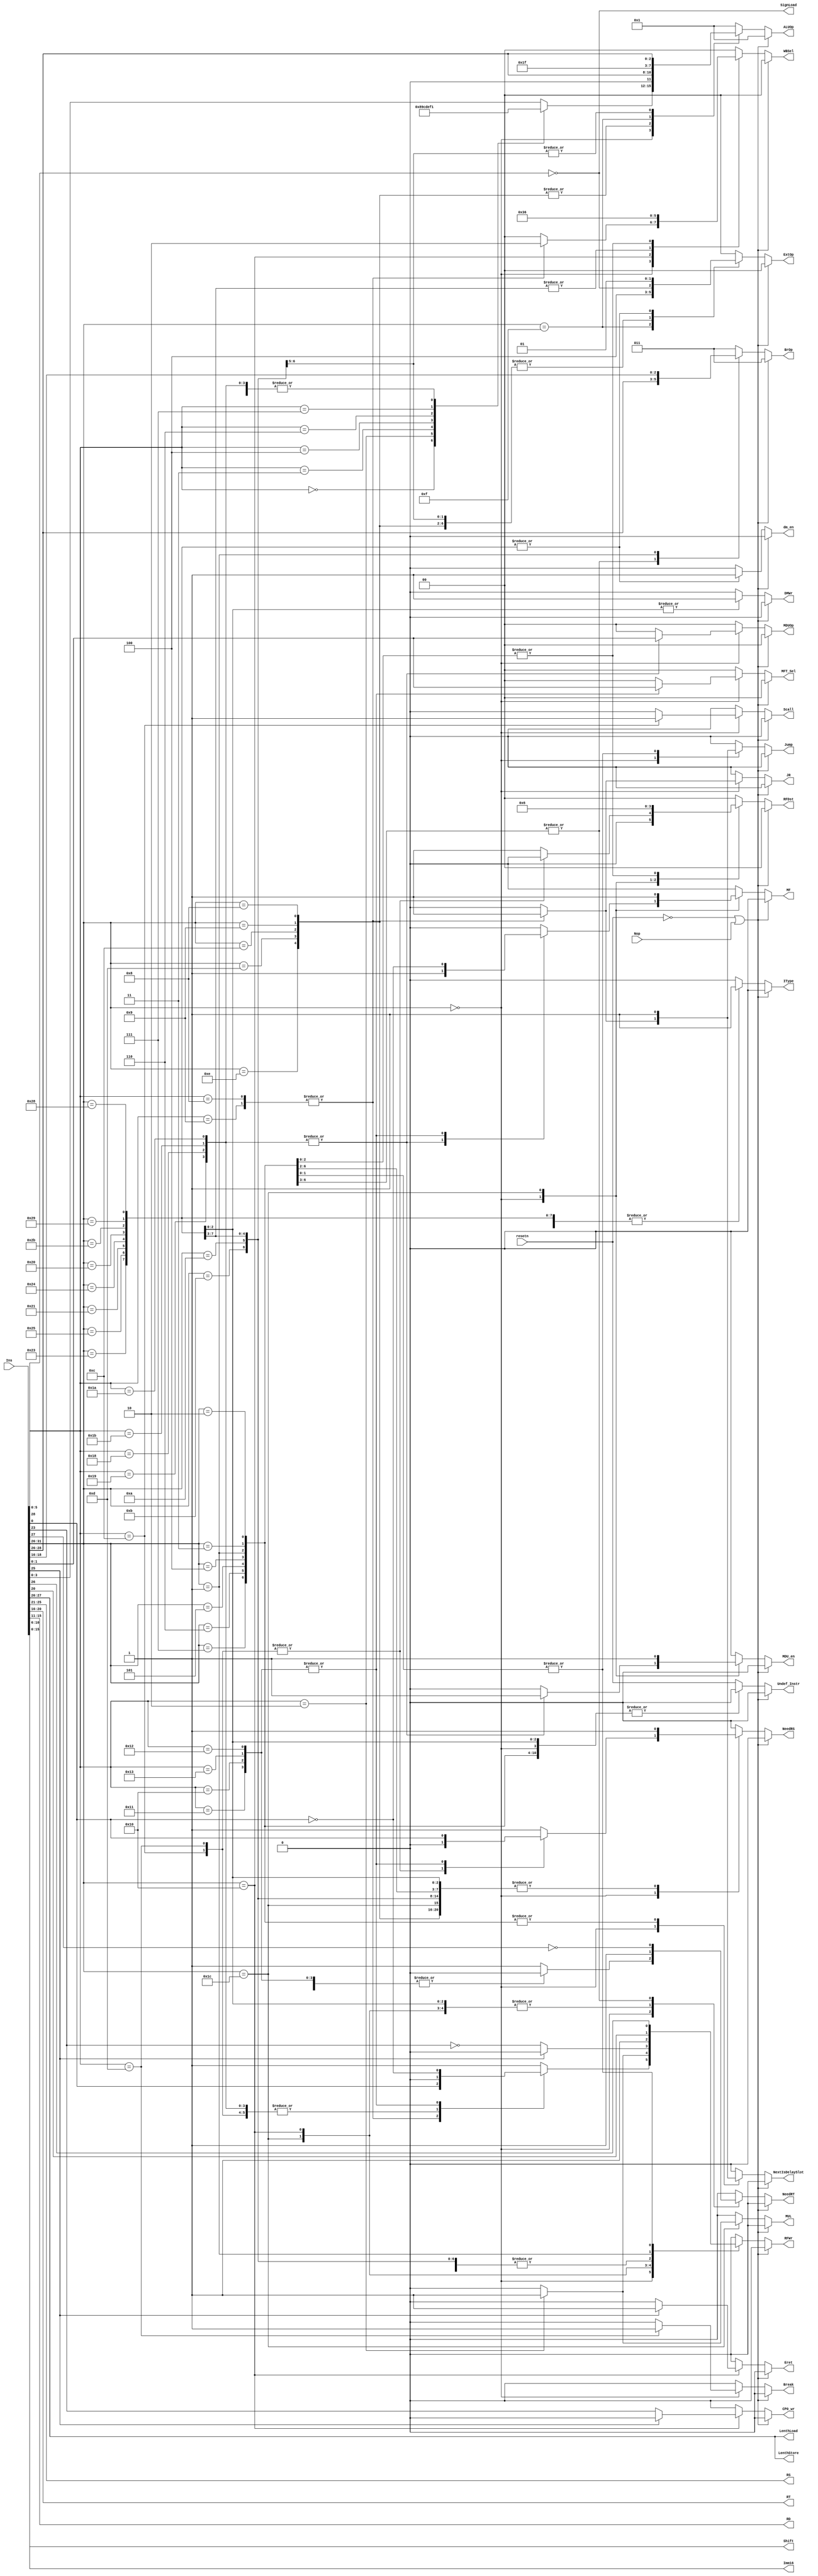
module CTRL(resetn,Nop,Ins,IType,NeedRS,NeedRT,RFDst,Jump,JR,BrOp,
        ExtOp,ALUOp,LenthStore,LenthLoad,SignLoad,DMWr,dm_en,RFWr,WBSel,MFT_Sel,MUL,
        MF,MDU_en,MDUOp,NextIsDelaySlot,Scall,Undef_Instr,Break,CP0_wr,Eret,RS,RT,RD,Shift,Imm16);
    input Nop;
    input resetn;
    input [31:0] Ins;

    output reg IType;
    output reg NeedRS,NeedRT;
    output reg [1:0] RFDst;
    output reg Jump,JR;
    output reg [2:0] BrOp;
    output reg [1:0] ExtOp;
    output reg [3:0] ALUOp;
    output reg [1:0] LenthLoad,LenthStore;
    output reg SignLoad;
    output reg DMWr;
    output reg RFWr;
    output reg [1:0] WBSel;
    output reg [1:0] MFT_Sel;
    output reg MF;
    output reg MDU_en;
    output reg [1:0] MDUOp;
    output reg MUL;
	output reg NextIsDelaySlot;
	output reg Scall,Break;
	output reg Undef_Instr;
    output reg dm_en;
    output reg CP0_wr;
    output reg Eret;
    output [4:0] RS, RT, RD;
    output [4:0] Shift;
    output [15:0] Imm16;

    wire [5:0] op,func;

    assign op = Ins[31:26];
    assign func = Ins[5:0];
    assign RS = Ins[25:21];
    assign RT = Ins[20:16];
    assign RD = Ins[15:11];
    assign Shift = Ins[10:6];
    assign Imm16 = Ins[15:0];

    always @(Ins or Nop or op or func or resetn)
    begin
        if(~resetn || Nop)
            begin
                IType = 0;
                NeedRS = 0;
                NeedRT = 0;
                RFDst = 2'b00;
                Jump = 0;
                JR = 0;
                BrOp = 3'b011;
                ExtOp = 2'b00;
                ALUOp = 4'b0001;
                LenthStore = op[1:0];
                LenthLoad = op[1:0];
                SignLoad = ~op[2];
                DMWr = 1'b0;
                RFWr = 1'b0; 
                WBSel = 2'b00;
				NextIsDelaySlot = 1'b0;
				Undef_Instr=1'b0;
				Scall=1'b0;
                Break=1'b0;
                dm_en=1'b0;
                CP0_wr=1'b0;
                Eret=1'b0;
                MFT_Sel = 2'b00;
                MF = 0;
                MDU_en = 0;
                MDUOp = 2'b00;
                MUL = 0;
            end 
        else
        case (op)
            6'b00_0000://R
            case (func)
                6'b00_0000: //sll
                begin
                    IType = 1'b0;
                    NeedRS = 1;
                    NeedRT = 1;
                    RFDst = 2'b01;//RD
                    Jump = 0;
                    JR = 0;
                    BrOp = 3'b011;
                    ExtOp = 2'b00;
                    ALUOp = 4'b1000;
                    LenthStore = op[1:0];
                    LenthLoad = op[1:0];
                    SignLoad = ~op[2];
                    DMWr = 1'b0;
                    RFWr = 1'b1;
                    WBSel = 2'b00;
                    NextIsDelaySlot=1'b0;
                    Undef_Instr=1'b0;
                    Scall=1'b0;
                    Break=1'b0;
                    dm_en=1'b0;
                    CP0_wr=1'b0;
                    Eret=1'b0;
                    MFT_Sel = 2'b00;
                    MF = 0;
                    MDU_en = 0;
                    MDUOp = 2'b00;
                    MUL = 0;
                end
                6'b00_0010: //srl
                begin
                    IType = 1'b0;
                    NeedRS = 1;
                    NeedRT = 1;
                    RFDst = 2'b01;//RD
                    Jump = 0;
                    JR = 0;
                    BrOp = 3'b011;
                    ALUOp = 4'b1001;
                    ExtOp = 2'b00;
                    LenthStore = op[1:0];
                    LenthLoad = op[1:0];
                    SignLoad = ~op[2];
                    DMWr = 1'b0;
                    RFWr = 1;
                    WBSel = 2'b00;
                    NextIsDelaySlot=1'b0;
                    Undef_Instr=1'b0;
                    Scall=1'b0;
                    Break=1'b0;
                    dm_en=1'b0;
                    CP0_wr=1'b0;
                    Eret=1'b0;
                    MFT_Sel = 2'b00;
                    MF = 0;
                    MDU_en = 0;
                    MDUOp = 2'b00;
                    MUL = 0;
                end
                6'b00_0011: //sra
                begin
                    IType = 1'b0;
                    NeedRS = 1;
                    NeedRT = 1;
                    RFDst = 2'b01;//RD
                    Jump = 0;
                    JR = 0;
                    BrOp = 3'b011;
                    ExtOp = 2'b00;
                    ALUOp = 4'b1100;
                    LenthStore = op[1:0];
                    LenthLoad = op[1:0];
                    SignLoad = ~op[2];
                    DMWr = 1'b0;
                    RFWr = 1;
                    WBSel = 2'b00;
                    NextIsDelaySlot=1'b0;
                    Undef_Instr=1'b0;
                    Scall=1'b0;
                    Break=1'b0;
                    dm_en=1'b0;
                    CP0_wr=1'b0;
                    Eret=1'b0;
                    MFT_Sel = 2'b00;
                    MF = 0;
                    MDU_en = 0;
                    MDUOp = 2'b00;
                    MUL = 0;
                end
                6'b00_0100: //sllv
                begin
                    IType = 1'b0;
                    NeedRS = 1;
                    NeedRT = 1;
                    RFDst = 2'b01;//RD
                    Jump = 0;
                    JR = 0;
                    BrOp = 3'b011;
                    ExtOp = 2'b00;
                    ALUOp = 4'b1101;
                    LenthStore = op[1:0];
                    LenthLoad = op[1:0];
                    SignLoad = ~op[2];
                    DMWr = 1'b0;
                    RFWr = 1;
                    WBSel = 2'b00;
                    NextIsDelaySlot=1'b0;
                    Undef_Instr=1'b0;
                    Scall=1'b0;
                    Break=1'b0;
                    dm_en=1'b0;
                    CP0_wr=1'b0;
                    Eret=1'b0;
                    MFT_Sel = 2'b00;
                    MF = 0;
                    MDU_en = 0;
                    MDUOp = 2'b00;
                    MUL = 0;
                end
                6'b00_0110: //srlv
                begin
                    IType = 1'b0;
                    NeedRS = 1;
                    NeedRT = 1;
                    RFDst = 2'b01;//RD
                    Jump = 0;
                    JR = 0;
                    BrOp = 3'b011;
                    ExtOp = 2'b00;
                    ALUOp = 4'b1110;
                    LenthStore = op[1:0];
                    LenthLoad = op[1:0];
                    SignLoad = ~op[2];
                    DMWr = 1'b0;
                    RFWr = 1;
                    WBSel = 2'b00;
                    NextIsDelaySlot=1'b0;
                    Undef_Instr=1'b0;
                    Scall=1'b0;
                    Break=1'b0;
                    dm_en=1'b0;
                    CP0_wr=1'b0;
                    Eret=1'b0;
                    MFT_Sel = 2'b00;
                    MF = 0;
                    MDU_en = 0;
                    MDUOp = 2'b00;
                    MUL = 0;
                end
                6'b00_0111: //srav
                begin
                    IType = 1'b0;
                    NeedRS = 1;
                    NeedRT = 1;
                    RFDst = 2'b01;//RD
                    Jump = 0;
                    JR = 0;
                    BrOp = 3'b011;
                    ALUOp = 4'b1111;
                    ExtOp = 2'b00;
                    LenthStore = op[1:0];
                    LenthLoad = op[1:0];
                    SignLoad = ~op[2];
                    DMWr = 1'b0;
                    RFWr = 1;
                    WBSel = 2'b00;
                    NextIsDelaySlot=1'b0;
                    Undef_Instr=1'b0;
                    Scall=1'b0;
                    Break=1'b0;
                    dm_en=1'b0;
                    CP0_wr=1'b0;
                    Eret=1'b0;
                    MFT_Sel = 2'b00;
                    MF = 0;
                    MDU_en = 0;
                    MDUOp = 2'b00;
                    MUL = 0;
                end
                6'b00_1000,6'b00_1001: //jr jalr
                begin
                    IType = 1'b0;
                    NeedRS = 1;
                    NeedRT = 0;
                    RFDst = 2'b01;//RD
                    Jump = 1;
                    JR = 1;
                    BrOp = 3'b011;
                    ALUOp = 4'b0001;
                    ExtOp = 2'b00;
                    LenthStore = op[1:0];
                    LenthLoad = op[1:0];
                    SignLoad = ~op[2];
                    DMWr = 1'b0;
                    RFWr = func[0];
                    WBSel = 2'b10;
                    NextIsDelaySlot=1'b1;
                    Undef_Instr=1'b0;
                    Scall=1'b0;
                    Break=1'b0;
                    dm_en=1'b0;
                    CP0_wr=1'b0;
                    Eret=1'b0;
                    MFT_Sel = 2'b00;
                    MF = 0;
                    MDU_en = 0;
                    MDUOp = 2'b00;
                    MUL = 0;
                end
                6'b001100:  //scall
                begin
                    IType=1'b0;
                    NeedRS = 0;
                    NeedRT = 0;
                    RFDst = 2'b00;
                    Jump = 0;
                    JR = 0;
                    BrOp = 3'b011;
                    ALUOp = 4'b0001;
                    ExtOp = 2'b00;
                    LenthStore = op[1:0];
                    LenthLoad = op[1:0];
                    SignLoad = ~op[2];
                    DMWr = 1'b0;
                    RFWr = 0; 
                    WBSel = 2'b00;
                    NextIsDelaySlot=1'b0;
                    Undef_Instr=1'b0;
                    Scall=1'b1;
                    Break=1'b0;
                    dm_en=1'b0;
                    CP0_wr=1'b0;
                    Eret=1'b0;
                    MFT_Sel = 2'b00;
                    MF = 0;
                    MDU_en = 0;
                    MDUOp = 2'b00;
                    MUL = 0;
                end
                6'b00_1101: //break
                begin
                    IType = 0;
                    NeedRS = 0;
                    NeedRT = 0;
                    RFDst = 2'b00;
                    Jump = 0;
                    JR = 0;
                    BrOp = 3'b011;
                    ALUOp = 4'b0001;
                    ExtOp = 2'b00;
                    LenthStore = op[1:0];
                    LenthLoad = op[1:0];
                    SignLoad = ~op[2];
                    DMWr = 1'b0;
                    RFWr = 1'b0; 
                    WBSel = 2'b00;
                    NextIsDelaySlot=1'b0;
                    Undef_Instr=1'b0;
                    Scall=1'b0;
                    Break=1'b1;
                    dm_en=1'b0;
                    CP0_wr=1'b0;
                    Eret=1'b0;
                    MFT_Sel = 2'b00;
                    MF = 0;
                    MDU_en = 0;
                    MDUOp = 2'b00;
                    MUL = 0;
                end 
                6'b01_1010,6'b01_1011,6'b01_1000,6'b01_1001: //div,divu,mult,multu
                begin
                    IType = 0;
                    NeedRS = 1;
                    NeedRT = 1;
                    RFDst = 2'b01;
                    Jump = 0;
                    JR = 0;
                    BrOp = 3'b011;
                    ALUOp = 4'b0001;
                    ExtOp = 2'b00;
                    LenthStore = op[1:0];
                    LenthLoad = op[1:0];
                    SignLoad = ~op[2];
                    DMWr = 1'b0;
                    WBSel = 2'b00;
                    NextIsDelaySlot=1'b0;
                    Undef_Instr=1'b0;
                    Scall=1'b0;
                    Break=1'b0;
                    dm_en=1'b0;
                    CP0_wr=1'b0;
                    Eret=1'b0;
                    MFT_Sel = 2'b00;
                    MF = 1;
                    MDU_en = 1;
                    MDUOp = func[1:0];
                    MUL = 0;
                    RFWr = 1'b0;
                         
                end
                6'b01_0010,6'b01_0011,6'b01_0000,6'b01_0001: //mflo,mtlo,mfhi,mthi
                begin
                    IType=1'b0;
                    NeedRS = func[0];
                    NeedRT = 0;
                    RFDst = 2'b01;
                    Jump = 0;
                    JR = 0;
                    BrOp = 3'b011;
                    ALUOp = 4'b0001;
                    ExtOp = 2'b00;
                    LenthStore = op[1:0];
                    LenthLoad = op[1:0];
                    SignLoad = ~op[2];
                    DMWr = 1'b0;
                    RFWr = ~func[0]; 
                    WBSel = 2'b00;
                    NextIsDelaySlot=1'b0;
                    Undef_Instr=1'b0;
                    Scall=1'b0;
                    Break=1'b0;
                    dm_en=1'b0;
                    CP0_wr=1'b0;
                    Eret=1'b0;
                    MFT_Sel = func[1:0];
                    MF = ~func[0];
                    MDU_en = 0;
                    MDUOp = 2'b00;
                    MUL = 0;
                end
                default: 
                begin
                    IType = 1'b0;
                    NeedRS = 1;
                    NeedRT = 1;
                    RFDst = 2'b01;//RD
                    Jump = 0;
                    JR = 0;
                    BrOp = 3'b011;
                    ALUOp = func[3:0];
                    ExtOp = 2'b00;
                    LenthStore = op[1:0];
                    LenthLoad = op[1:0];
                    SignLoad = ~op[2];
                    DMWr = 1'b0;
                    RFWr = 1;
                    WBSel = 2'b00;
                    NextIsDelaySlot=1'b0;
                    Undef_Instr=1'b0;
                    Scall=1'b0;
                    Break=1'b0;
                    dm_en=1'b0;
                    CP0_wr=1'b0;
                    Eret=1'b0;
                    MFT_Sel = 2'b00;
                    MF = 0;
                    MDU_en = 0;
                    MDUOp = 2'b00;
                    MUL = 0;
                end
            endcase
            6'b00_1000,6'b00_1001,6'b00_1100,6'b00_1101,6'b00_1110://addi,addiu,andi,ori,xori
            begin
                IType = 1'b1;
                NeedRS = 1;
                NeedRT = 0;
                RFDst = 2'b00;//RT
                Jump = 0;
                JR = 0;
                BrOp = 3'b011;
                ExtOp = {1'b0,~op[2]};
                ALUOp = {1'b0,op[2:0]};
                LenthStore = op[1:0];
                LenthLoad = op[1:0];
                SignLoad = ~op[2];
                DMWr = 1'b0;
                RFWr = 1;
                WBSel = 2'b00;
				NextIsDelaySlot=1'b0;
				Undef_Instr=1'b0;
				Scall=1'b0;
                Break=1'b0;
                dm_en=1'b0;
                CP0_wr=1'b0;
                Eret=1'b0;
                MFT_Sel = 2'b00;
                MF = 0;
                MDU_en = 0;
                MDUOp = 2'b00;
                MUL = 0;
            end 
            
            6'b011100:begin//MUL
                IType = 0;
                NeedRS = 1;
                NeedRT = 1;
                RFDst = 2'b01;
                Jump = 0;
                JR = 0;
                BrOp = 3'b011;
                ALUOp = 4'b0001;
                ExtOp = 2'b00;
                LenthStore = op[1:0];
                LenthLoad = op[1:0];
                SignLoad = ~op[2];
                DMWr = 1'b0;
                WBSel = 2'b00;
                NextIsDelaySlot=1'b0;
                Undef_Instr=1'b0;
                Scall=1'b0;
                Break=1'b0;
                dm_en=1'b0;
                CP0_wr=1'b0;
                Eret=1'b0;
                MFT_Sel = 2'b00;
                MF = 1;
                if(func == 6'b000010)begin
                    MDU_en = 1;
                    MDUOp = 2'b00;
                    MUL = 1;
                    RFWr = 1'b1;
                end
                else begin
                    MDU_en = 1;
                    MDUOp = 2'b00;
                    MUL = 0;
                    RFWr = 1'b0;
                end 
            end

            6'b00_1111://LUI
            begin
                IType = 1;
                NeedRS = 0;
                NeedRT = 0;
                RFDst = 2'b00;//RT
                Jump = 0;
                JR = 0;
                BrOp = 3'b011;
                ExtOp = 2'b10;
                ALUOp = 4'b1111;
                LenthStore = op[1:0];
                LenthLoad = op[1:0];
                SignLoad = ~op[2];
                DMWr = 1'b0;
                RFWr = 1;
                WBSel = 2'b00;
				NextIsDelaySlot=1'b0;
				Undef_Instr=1'b0;
				Scall=1'b0;
                Break=1'b0;
                dm_en=1'b0;
                CP0_wr=1'b0;
                Eret=1'b0;
                MFT_Sel = 2'b00;
                MF = 0;
                MDU_en = 0;
                MDUOp = 2'b00;
                MUL = 0;
            end 
            6'b00_1010,6'b00_1011://SLTI SLTIU
            begin
                IType = 1;
                NeedRS = 1;
                NeedRT = 0;
                RFDst = 2'b00;//RT
                Jump = 0;
                JR = 0;
                BrOp = 3'b011;
                ExtOp = {1'b0,~op[2]};
                ALUOp = {1'b1,op[2:0]};
                LenthStore = op[1:0];
                LenthLoad = op[1:0];
                SignLoad = ~op[2];
                DMWr = 1'b0;
                RFWr = 1;
                WBSel = 2'b00;
				NextIsDelaySlot=1'b0;
				Undef_Instr=1'b0;
				Scall=1'b0;
                Break=1'b0;
                dm_en=1'b0;
                CP0_wr=1'b0;
                Eret=1'b0;
                MFT_Sel = 2'b00;
                MF = 0;
                MDU_en = 0;
                MDUOp = 2'b00;
                MUL = 0;
            end 
            6'b010000:  //MFC0 MTC0 ERET
            begin
                IType = 0;
                NeedRS = 0;
                NeedRT = 1;
                RFDst = 2'b00;//RT
                Jump = 0;
                JR = 0;
                BrOp = 3'b011;
                ALUOp = 4'b0001;
                ExtOp = 2'b00;
                LenthStore = op[1:0];
                LenthLoad = op[1:0];
                SignLoad = ~op[2];
                DMWr = 1'b0;
                WBSel = 2'b11;
				NextIsDelaySlot=1'b0;
				Undef_Instr=1'b0;
				Scall=1'b0;
                Break=1'b0;
                dm_en=1'b0;
                if(Ins[25])
                begin
                    CP0_wr = 1'b0;
                    RFWr = 1'b0;
                    Eret = 1'b1;
                end
                else
                begin
                    CP0_wr = Ins[23];
                    RFWr = ~Ins[23];
                    Eret = 1'b0;
                end
                MFT_Sel = 2'b00;
                MF = 0;
                MDU_en = 0;
                MDUOp = 2'b00;
                MUL = 0;
            end

            6'b10_0000,6'b10_0100,6'b10_0001,6'b10_0101,6'b10_0011://lb lbu lh lhu lw
            begin
                IType = 1;
                NeedRS = 1;
                NeedRT = 0;
                RFDst = 2'b00;//RT
                Jump = 0;
                JR = 0;
                BrOp = 3'b011;
                ExtOp = 2'b01;
                ALUOp = 4'b0001;
                LenthStore = op[1:0];
                LenthLoad = op[1:0];
                SignLoad = ~op[2];
                DMWr = 1'b0;
                RFWr = 1;
                WBSel = 2'b01;
				NextIsDelaySlot=1'b0;
				Undef_Instr=1'b0;
				Scall=1'b0;
                Break=1'b0;
                dm_en=1'b1;
                CP0_wr=1'b0;
                Eret=1'b0;
                MFT_Sel = 2'b00;
                MF = 0;
                MDU_en = 0;
                MDUOp = 2'b00;
                MUL = 0;
            end
            6'b10_1000,6'b10_1001,6'b10_1011://sb sh sw
            begin
                IType = 1;
                NeedRS = 1;
                NeedRT = 1;
                RFDst = 2'b00;
                Jump = 0;
                JR = 0;
                BrOp = 3'b011;
                ExtOp = 2'b01;
                ALUOp = 4'b0001;
                LenthStore = op[1:0];
                LenthLoad = op[1:0];
                SignLoad = ~op[2];
                DMWr = 1'b1;
                RFWr = 0;
                WBSel = 2'b00;
				NextIsDelaySlot=1'b0;
				Undef_Instr=1'b0;
				Scall=1'b0;
                Break=1'b0;
                dm_en=1'b1;
                CP0_wr=1'b0;
                Eret=1'b0;
                MFT_Sel = 2'b00;
                MF = 0;
                MDU_en = 0;
                MDUOp = 2'b00;
                MUL = 0;
            end 
            6'b00_0100,6'b00_0101,6'b00_0110,6'b00_0111://beq,bne,blez,bgtz
            begin
                IType = 0;
                NeedRS = 1;
                NeedRT = ~op[1];
                RFDst = 2'b00;
                Jump = 0;
                JR = 0;
                BrOp = op[2:0];
                ALUOp = 4'b0001;
                ExtOp = 2'b00;
                LenthStore = op[1:0];
                LenthLoad = op[1:0];
                SignLoad = ~op[2];
                DMWr = 1'b0;
                RFWr = 1'b0;
                WBSel = 2'b00;
				NextIsDelaySlot=1'b1;
				Undef_Instr=1'b0;
				Scall=1'b0;
                Break=1'b0;
                dm_en=1'b0;
                CP0_wr=1'b0;
                Eret=1'b0;
                MFT_Sel = 2'b00;
                MF = 0;
                MDU_en = 0;
                MDUOp = 2'b00;
                MUL = 0;
            end 
            6'b00_0001://bltz,bgez,bgezal,bltzal
            begin
                IType = 0;
                NeedRS = 1;
                NeedRT = 0;
                RFDst = 2'b10;//31
                Jump = 0;
                JR = 0;
                BrOp = Ins[18:16];
                ALUOp = 4'b0001;
                ExtOp = 2'b00;
                LenthStore = op[1:0];
                LenthLoad = op[1:0];
                SignLoad = ~op[2];
                DMWr = 1'b0;
                RFWr = Ins[20];
                WBSel = 2'b10;
				NextIsDelaySlot=1'b1;
				Undef_Instr=1'b0;
				Scall=1'b0;
                Break=1'b0;
                dm_en=1'b0;
                CP0_wr=1'b0;
                Eret=1'b0;
                MFT_Sel = 2'b00;
                MF = 0;
                MDU_en = 0;
                MDUOp = 2'b00;
                MUL = 0;
            end
            6'b00_0010,6'b00_0011://J JAL
            begin
                IType = 0;
                NeedRS = 0;
                NeedRT = 0;
                RFDst = 2'b10;//31
                Jump = 1;
                JR = 0;
                BrOp = 3'b011;
                ALUOp = 4'b0001;
                ExtOp = 2'b00;
                LenthStore = op[1:0];
                LenthLoad = op[1:0];
                SignLoad = ~op[2];
                DMWr = 1'b0;
                RFWr = op[0];
                WBSel = 2'b10;
				NextIsDelaySlot=1'b1;
				Undef_Instr=1'b0;
				Scall=1'b0;
                Break=1'b0;
                dm_en=1'b0;
                CP0_wr=1'b0;
                Eret=1'b0;
                MFT_Sel = 2'b00;
                MF = 0;
                MDU_en = 0;
                MDUOp = 2'b00;
                MUL = 0;
            end 
            default: //undefine instruction 
            begin
                IType = 0;
                NeedRS = 0;
                NeedRT = 0;
                RFDst = 2'b00;
                Jump = 0;
                JR = 0;
                BrOp = 3'b011;
                ALUOp = 4'b0001;
                ExtOp = 2'b00;
                LenthStore = op[1:0];
                LenthLoad = op[1:0];
                SignLoad = ~op[2];
                DMWr = 1'b0;
                RFWr = 0;
                WBSel = 2'b00; 
				NextIsDelaySlot=1'b0;
				Undef_Instr=resetn;
				Scall=1'b0;
                Break=1'b0;
                dm_en=1'b0;
                CP0_wr=1'b0;
                Eret=1'b0;
                MFT_Sel = 2'b00;
                MF = 0;
                MDU_en = 0;
                MDUOp = 2'b00;
                MUL = 0;
            end 
        endcase
    end

    

endmodule
/*
                IType = 0;
                NeedRS = 0;
                NeedRT = 0;
                RFDst = 2'b00;
                Jump = 0;
                JR = 0;
                BrOp = 3'b011;
                ALUOp = 4'b0001;
                ExtOp = 2'b00;
                LenthStore = op[1:0];
                LenthLoad = op[1:0];
                SignLoad = ~op[2];
                DMWr = 1'b0;
                RFWr = 1'b0; 
                WBSel = 2'b00;
				NextIsDelaySlot = 1'b0;
				Undef_Instr=1'b0;
				Scall=1'b0;
                Break=1'b0;
                dm_en=1'b0;
                CP0_wr=1'b0;
                Eret=1'b0;
                MFT_Sel = 2'b00;
                MF = 0;
                MDU_en = 0;
                MDUOp = 2'b00;
                MUL = 0;

*/